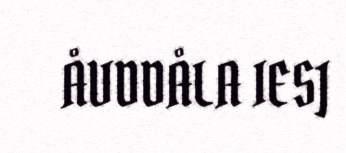
ÅVDDÅLA IESJ